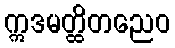
ဣဒမတ္ထိတညေဝ